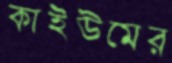
কাইউমের